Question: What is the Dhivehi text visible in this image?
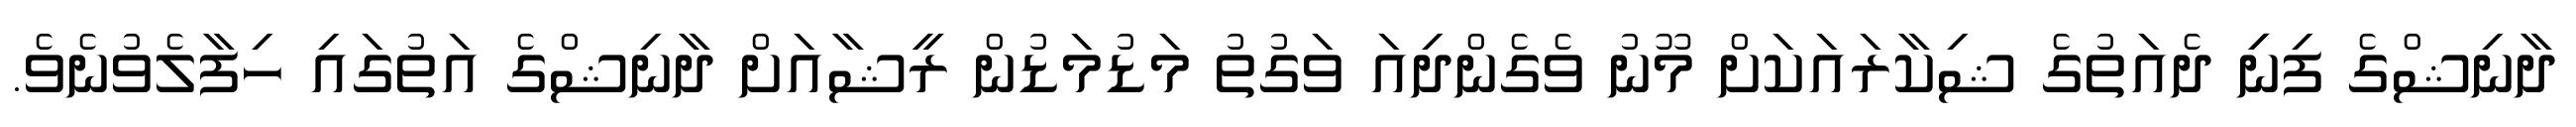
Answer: ދާނިޝްގެ ފިނިި ދެއަތުގެ ޝިކާރައަކަށް މޫނު ވެގެންދިއަ ވަގުތު މަޑުމަޑުން ރީޝާއަށް ދާނިޝްގެ އަތުގައި ހިފާލެވުނެވެ.